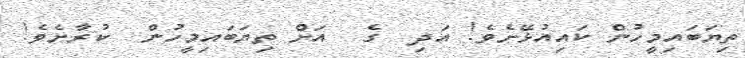
ތިޔަބައިމީހުން ކައިއުޅޭށެވެ! އަދި  ގެ  އަށް ތިޔަބައިމީހުން  ކުރާށެވެ!